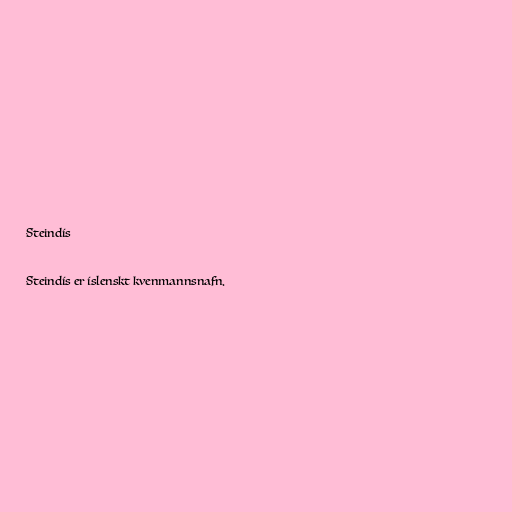
Steindís

Steindís er íslenskt kvenmannsnafn.